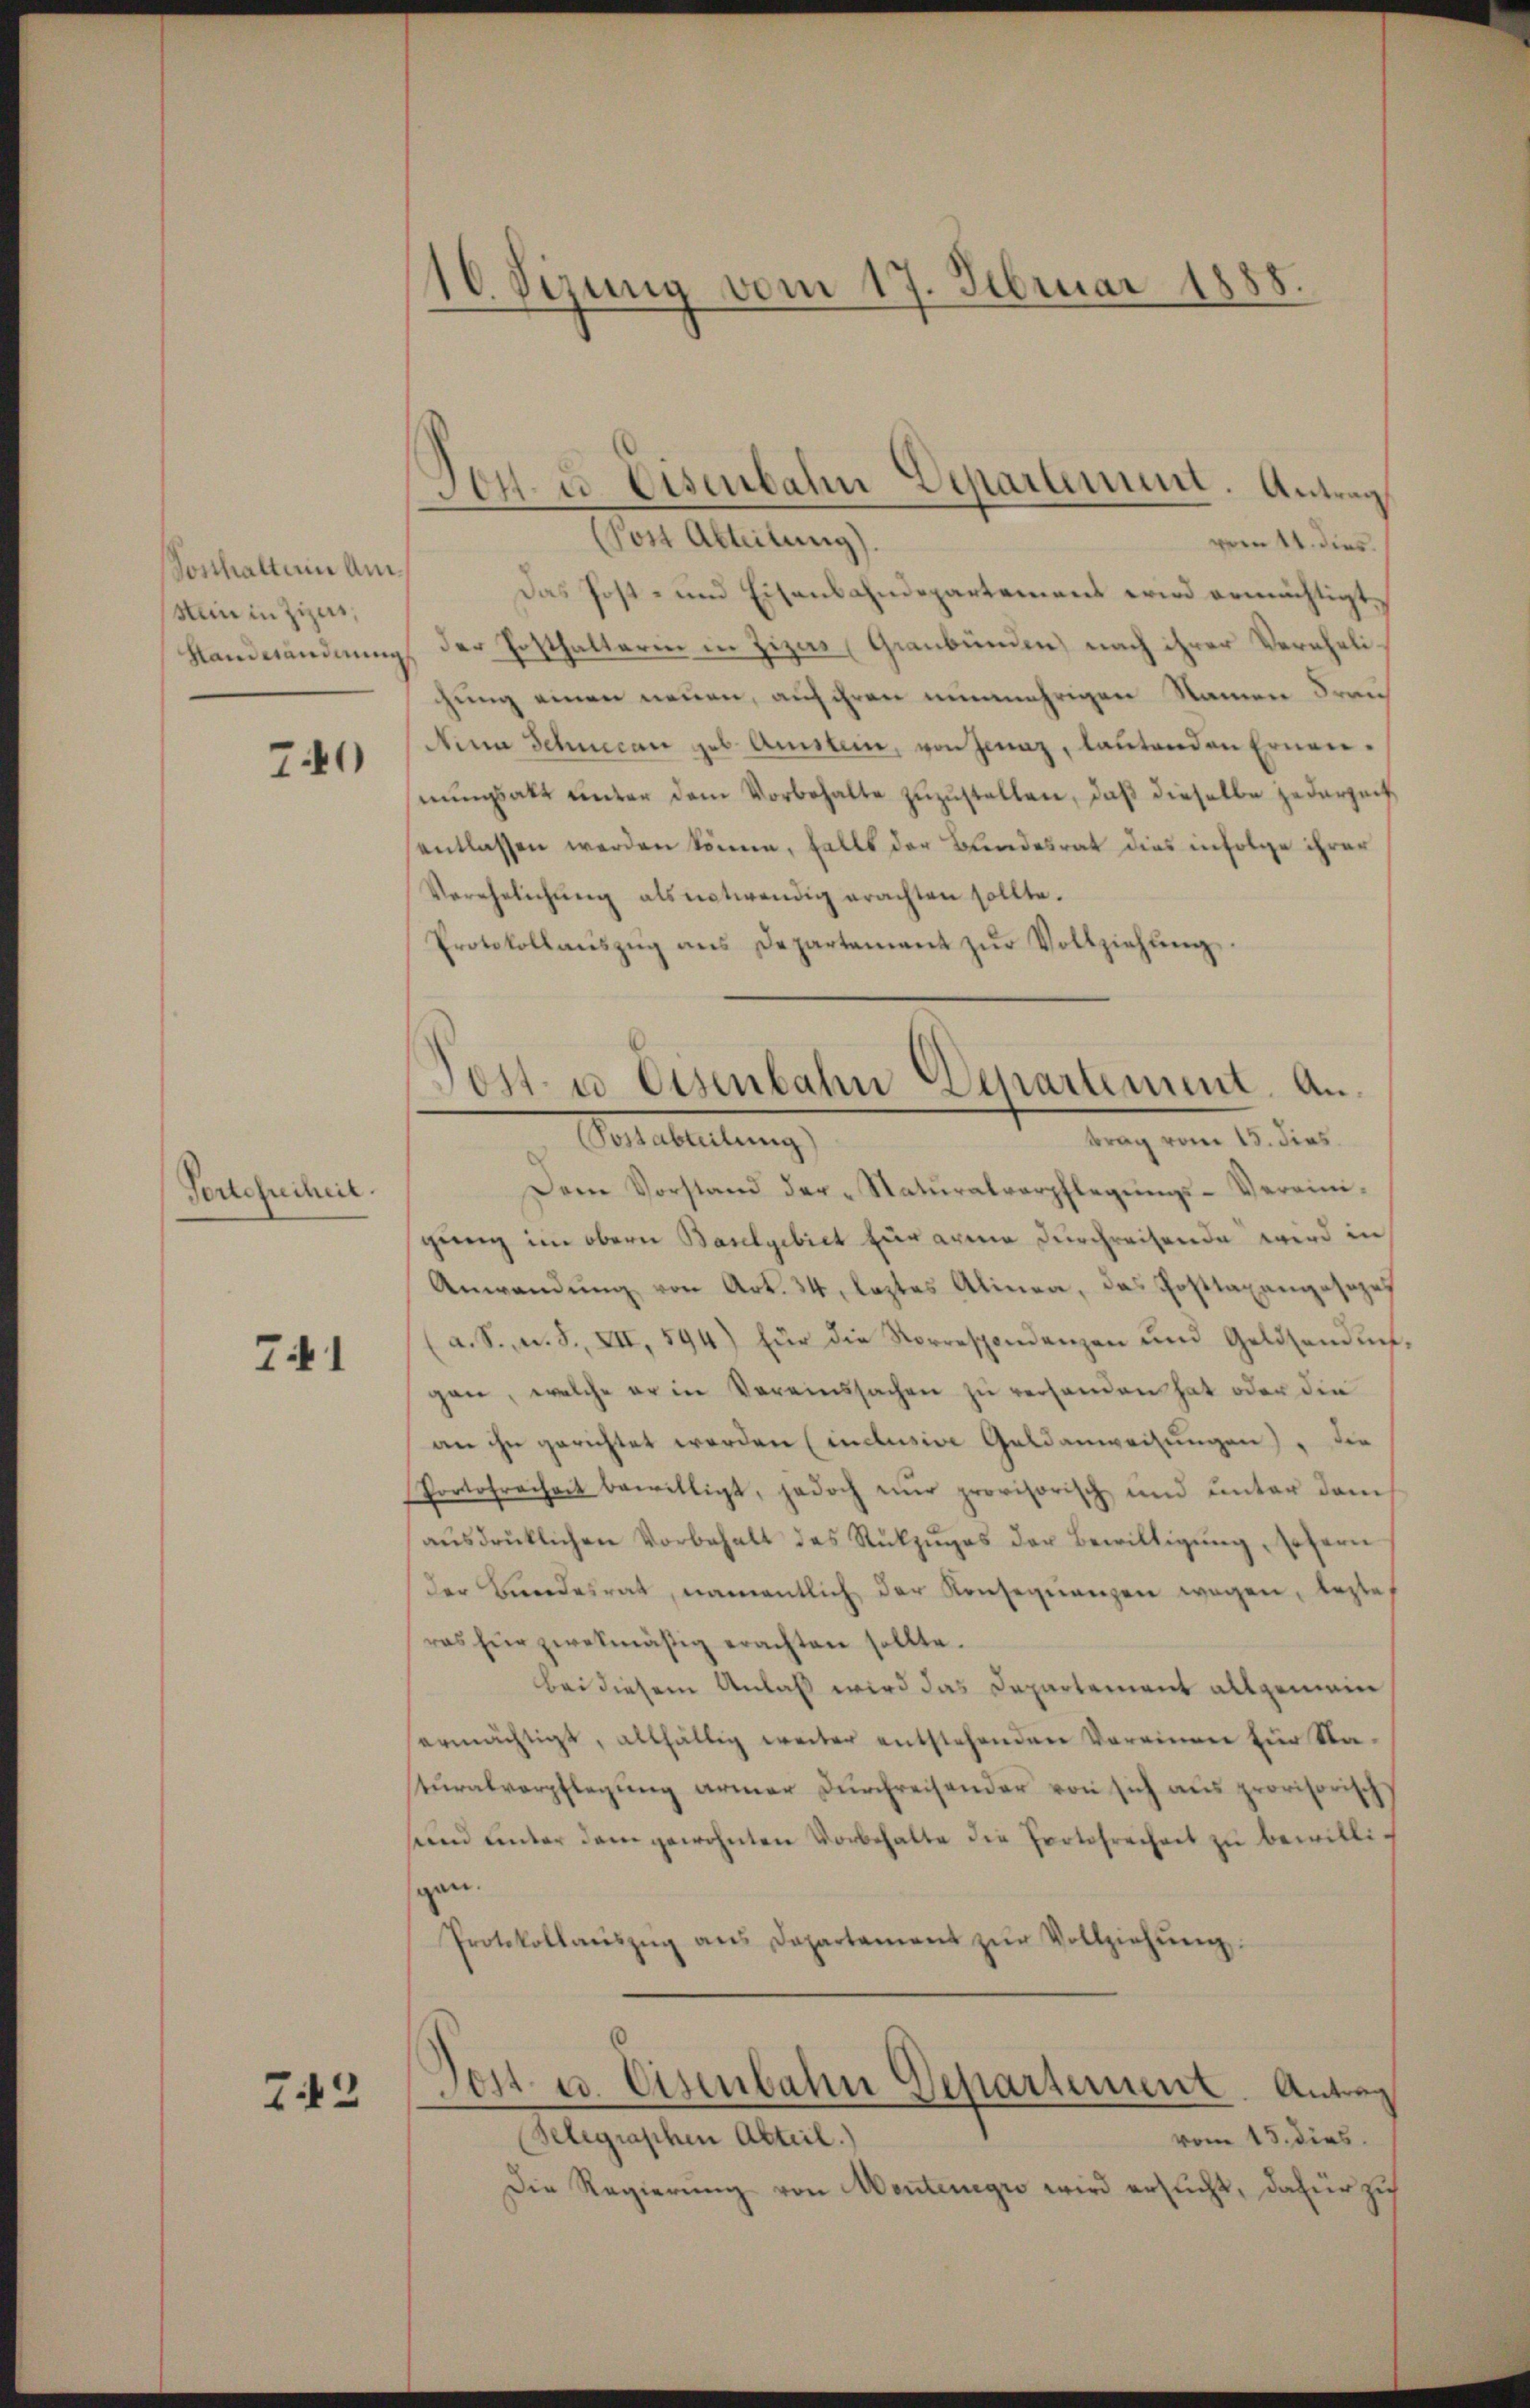
Sonhalten Am¬
Sein in Zizes,

740

Tortefreiheit.

741

742

116. Sizung vom 17. Februar 1888.

(Post Abteilung).
vern 11. dies
Das Post- und Eisenbahndepartement wird ermächtigt.
Standwandnung der Posthalterin in Zizes (Graubünden) nach ihrer Verehelihung einen neuen, auf ihren nunmehrigen Namen Fran¬
Nina Schnecan geb. Amstein, von Jenaz, lautenden Ernennŭngsakt unter dem Vorbehalte zŭzŭstellen, daβ dieselbe jederzeit
sentlassen werden könne, falls der Bundesrat dies infolge ihrer
Verehelichŭng als entwendig erachten sollte.
Protokollaŭszŭg ans Departement zŭr Vollziehŭng.
Dem Vorstand der Natŭralverpflegŭngs-Vereini-
geng im obern Baselgebiet für armen durchreisende wird in
Anwendŭng von Art. 34, leztes Alinea, das Posttaxangosozes
(a. S., n. F. XII, 594) für die Vorrespondenzen und Geldsendŭng,
gan, welche er in Vereinssachen zu verhanden hat oder die
an ihn gerichtet werden (inclusive Geldanweisungen) die
Portofreiheit bewilligt, jedoch nŭr provisorisch und ŭnter dem
aŭsdrücklichen Vorbehalt des Rükzŭges der Bewilligŭng, sofern
der Bandesrat, namentlich der Konsequenzen wegen, beste
ras für zwekmäßig erachten sollte.
bei diesem Anlaß wird das Departement allgemein
ermächtigt, allfällig weiter entstehenden Vereinen für Stasturalverpflegung armer Durchreisender von sich aus provisorisch,
send ŭnter dem gewohnten Vorbehalte die Protofrechnet zŭ bewillig
gen.
Protokollaŭszŭg ans Departement zŭr Vollziehŭng.
Jost u. Eisenbahn Departement. Antrag
(Telegraphen Abteil.)
vom 15. dies
Die Regierung von Montenegio wird ersucht, dafür zu

Tott u. Eisenbahn Departement. An
Votenteilung
trag vom 18. dies

Ton es Eisenbahn Departement. Antrag